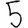
Digit: 5